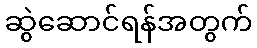
ဆွဲဆောင်ရန်အတွက်